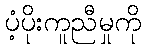
ပံ့ပိုးကူညီမှုကို